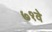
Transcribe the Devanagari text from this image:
७१वे